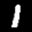
Label: 1